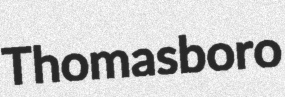
Thomasboro